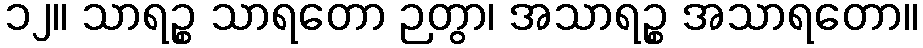
၁၂။ သာရဉ္စ သာရတော ဉတွာ၊ အသာရဉ္စ အသာရတော။